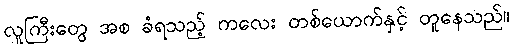
လူကြီးတွေ အစ ခံရသည့် ကလေး တစ်ယောက်နှင့် တူနေသည်။